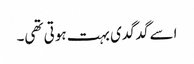
اسے گدگدی بہت ہوتی تھی۔